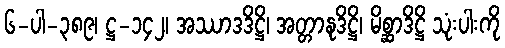
၆-ပါ-၃၈၉၊ ဋ္ဌ-၁၄၂၊ အဿာဒဒိဋ္ဌိ၊ အတ္တာနုဒိဋ္ဌိ၊ မိစ္ဆာဒိဋ္ဌိ သုံးပါးကို